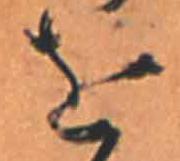
を